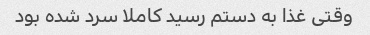
وقتی غذا به دستم رسید کاملا سرد شده بود